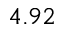
4 . 9 2